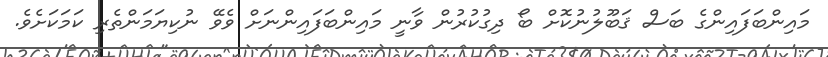
މައިންބަފައިންގެ ބަސް ޤަބޫލުނުކޮށް ބޯ ދިގުކުރުން ވާނީ މައިންބަފައިންނަށް ވެވޭ ނުކިޔަމަންތެރި ކަމަކަށެވެ.